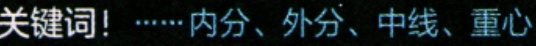
关键词！……内分、外分、中线、重心